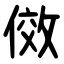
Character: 傚